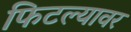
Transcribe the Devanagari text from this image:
फिटल्यावर